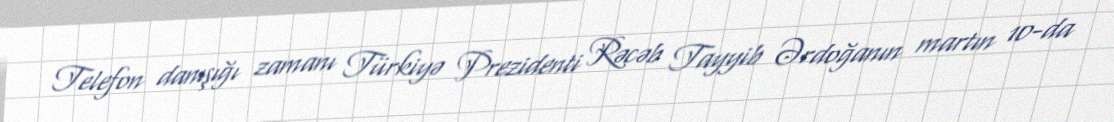
Telefon danışığı zamanı Türkiyə Prezidenti Rəcəb Tayyib Ərdoğanın martın 10-da